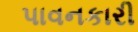
પાવનકારી